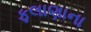
ફલાણાના